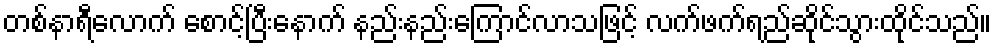
တစ်နာရီလောက် စောင့်ပြီးနောက် နည်းနည်းကြောင်လာသဖြင့် လက်ဖက်ရည်ဆိုင်သွားထိုင်သည်။